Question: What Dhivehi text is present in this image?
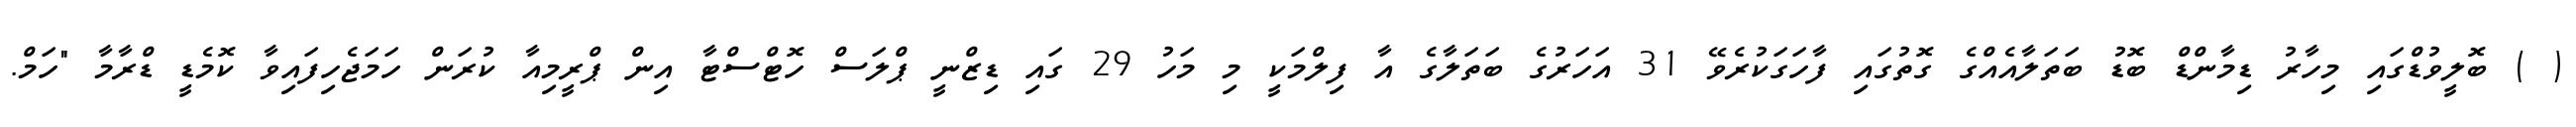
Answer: ( ) ބޮލީވުޑްގައި މިހާރު ޑިމާންޑް ބޮޑު ބަތަލާއެއްގެ ގޮތުގައި ފާހަގަކުރެވޭ 31 އަހަރުގެ ބަތަލާގެ އާ ފިލްމަކީ މި މަހު 29 ގައި ޑިޒްނީ ޕްލަސް ހޮޓްސްޓާ އިން ޕްރީމިއާ ކުރަން ހަމަޖެހިފައިވާ ކޮމެޑީ ޑްރާމާ "ހަމް.